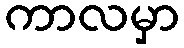
ကာလမှာ